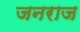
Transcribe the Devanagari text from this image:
जनराज